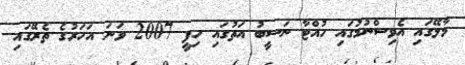
މާލޭގައި އެވިސްނުމުގައި ހުއްޓާ ނަސީބު އަތުގައި ހިފީ 2007 ވަނަ އަހަރުގެ ތެރޭގައި